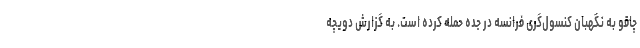
چاقو به نگهبان کنسول‌گری فرانسه در جده حمله کرده است. به گزارش دویچه